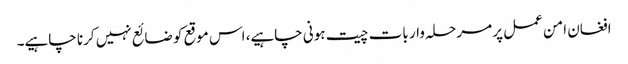
افغان امن عمل پر مرحلہ وار بات چیت ہونی چاہیے، اس موقع کو ضائع نہیں کرنا چاہیے۔